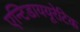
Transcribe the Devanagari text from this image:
एन्टिडाययूरेटिक